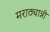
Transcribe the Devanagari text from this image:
मराठ्यान्नी